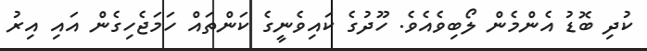
ކުދި ބޮޑު އެންމެން ލޯބިވެއެވެ. ހޫދުގެ ކައިވެނީގެ ކަންތައް ހަމަޖެހިގެން އައި އިރު